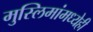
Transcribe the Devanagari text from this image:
मुस्लिमांमध्येही